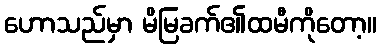
ဟောသည်မှာ မိမြခက်၏ထမီကိုတော့။